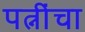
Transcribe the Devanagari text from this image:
पत्नींचा